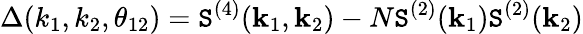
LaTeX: \Delta(k_{1},k_{2},\theta_{12})=\mathtt{S}^{(4)}(\textbf{{k}}_{1},\textbf{{k}}_{2})-N\mathtt{S}^{(2)}(\textbf{{k}}_{1})\mathtt{S}^{(2)}(\textbf{{k}}_{2})